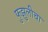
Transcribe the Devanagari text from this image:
फुझुलीचा